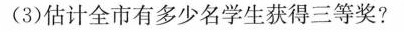
(3)估计全市有多少名学生获得三等奖?